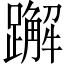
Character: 𬧕